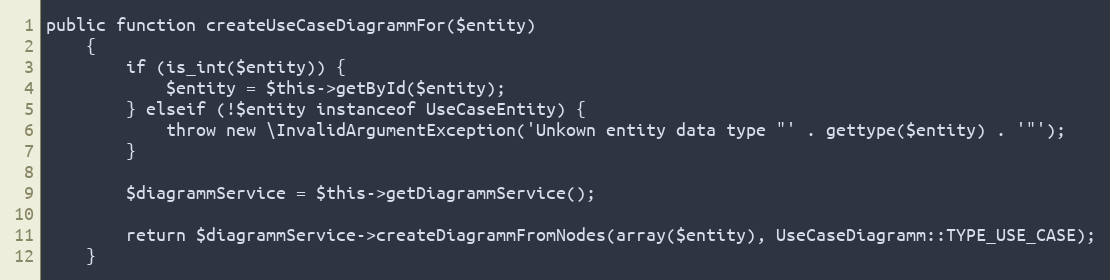
Language: PHP
public function createUseCaseDiagrammFor($entity)
    {
        if (is_int($entity)) {
            $entity = $this->getById($entity);
        } elseif (!$entity instanceof UseCaseEntity) {
            throw new \InvalidArgumentException('Unkown entity data type "' . gettype($entity) . '"');
        }

        $diagrammService = $this->getDiagrammService();

        return $diagrammService->createDiagrammFromNodes(array($entity), UseCaseDiagramm::TYPE_USE_CASE);
    }